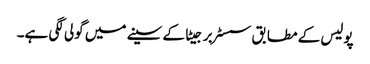
پولیس کے مطابق سسٹر برجیٹا کے سینے میں گولی لگی ہے۔